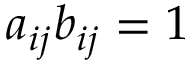
a _ { i j } b _ { i j } = 1